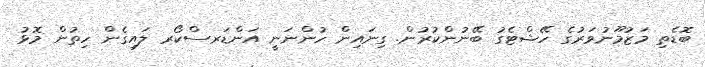
ބޮޑެތި މަޒުމޫނުވަރުގެ ހޭޝްޓެގު ބޭނުންކުރުން. ގިނައިން ހުންނަނީ އަންޑަރސްކޯރ ލައިގެން ހިތުން މޮޅު